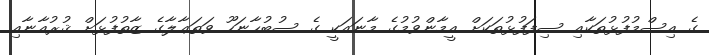
ގެ އިސްމުފުޅުތަކާއި ސިފަފުޅުތަކަށް އީމާންވުމުގެ މާނައަކީ ގެ ސުބުޙާނަހޫ ވަތަޢާލާގެ ޒާތުފުޅަށް ޤުރުއާނާއި